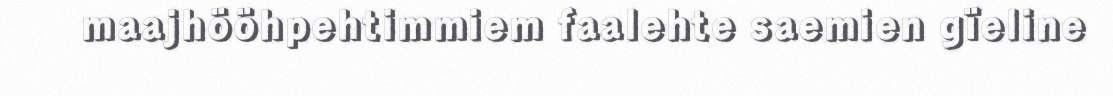
maajhööhpehtimmiem faalehte saemien gïeline